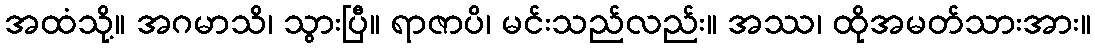
အထံသို့။ အဂမာသိ၊ သွားပြီ။ ရာဇာပိ၊ မင်းသည်လည်း။ အဿ၊ ထိုအမတ်သားအား။